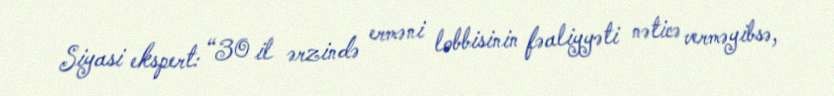
Siyasi ekspert: “30 il ərzində erməni lobbisinin fəaliyyəti nəticə verməyibsə,